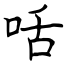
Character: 咶